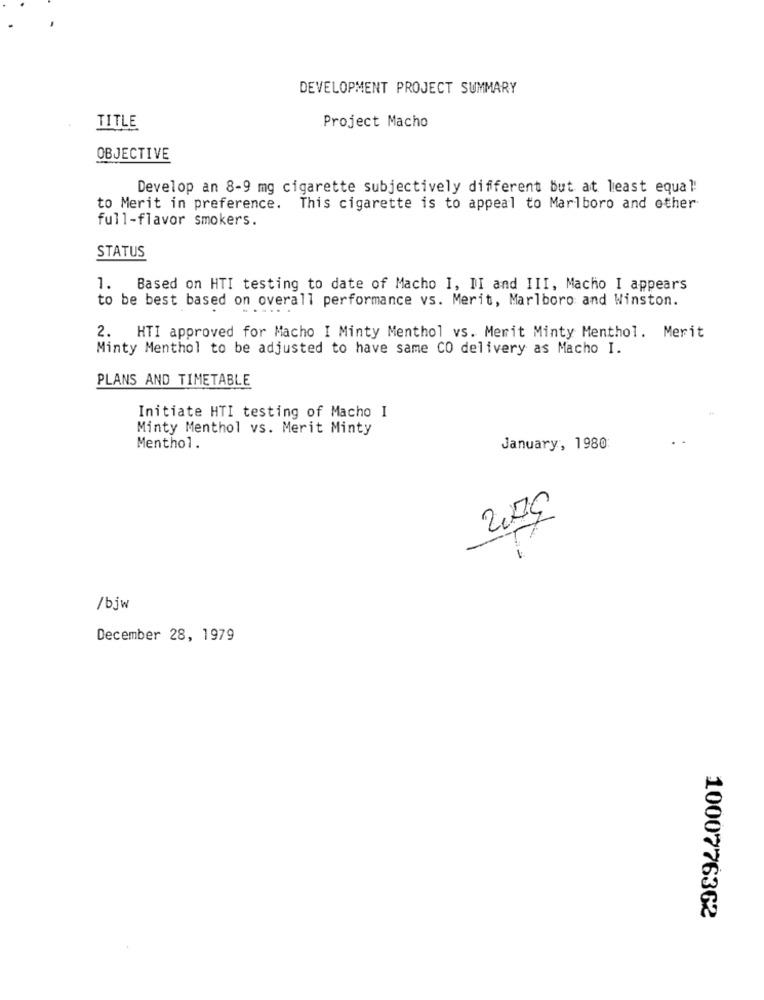
DEVELOPMENT PROJECT SUMMARY
Project Macho
TITLE
OBJECTIVE
Develop an 8-9 mg cigarette subjectively different but at least equal!
to Merit in preference. This cigarette is to appeal to Marlboro and other
full-flavor smokers.
STATUS
1. Based on HTI testing to date of Macho I, II and III, Macho I appears
to be best based on overall performance vs. Merit, Marlboro and Winston.
2. HTI approved for Macho I Minty Menthol vs. Merit Minty Menthol. Merit
Minty Menthol to be adjusted to have same CO delivery as Macho I.
PLANS AND TIMETABLE
Initiate HTI testing of Macho I
Minty Menthol vs. Merit Minty
Menthol.
January, 1980
2009
/bjw
December 28, 1979
1000776362